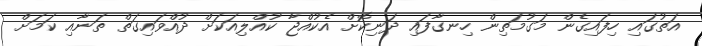
އަތުގައި ހިފައިގެން މަގުމަތިން ހިނގާފައި ދަނިކޮށް އެކުއްޖާ ކުއްލިއަކަށް ދުއްވައިގަތް ތަނާއި ކަމަށް